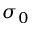
\sigma _ { 0 }